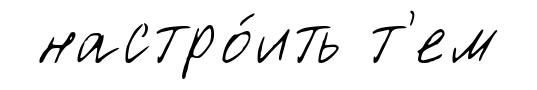
настро́ить т'ем